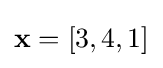
\mathbf {x} =[3,4,1]